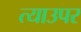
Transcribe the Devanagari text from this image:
त्याउपर